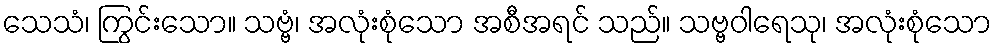
သေသံ၊ ကြွင်းသော။ သဗ္ဗံ၊ အလုံးစုံသော အစီအရင် သည်။ သဗ္ဗဝါရေသု၊ အလုံးစုံသော